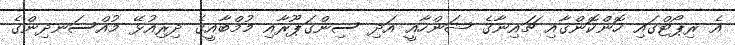
އެ ރިޕޯޓްގައި ހޮންކޮންގާއި ޗައިނާގެ ޝަންހާއީ އަދި ސިންގަޕޫރާއި މުމްބާއީގެ ދިރިއުޅޭ މުއްސަނދިންގެ